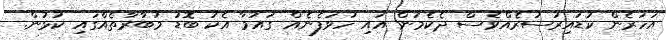
އަހަރެން ކުޑައިރުސުރެއްވެސް ދެކެމުން އައި ހުވަފެނެއް ގައުމާ އެކު ބޮޑު މުބާރާތެއްގައި ކުޅުން.